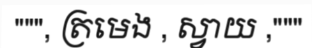
""", ត្រមេង , ស្វាយ ,"""